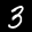
Label: 3